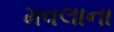
મવલાના